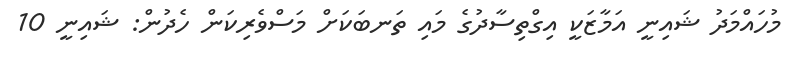
މުހައްމަދު ޝައިނީ އަމާޒަކީ އިގްތިސާދުގެ މައި ތަނބަކަށް މަސްވެރިކަން ހެދުން: ޝައިނީ 10